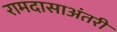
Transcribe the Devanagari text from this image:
रामदासाअंतरी